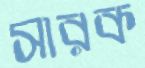
সারক